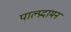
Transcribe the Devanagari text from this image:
पाल्प्रदामन